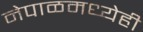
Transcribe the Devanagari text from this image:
नेपाळमध्येही